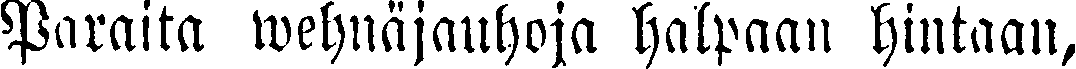
Paralta wehnäjauhoja halpaan hintaan,